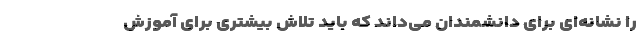
را نشانه‌ای برای دانشمندان می‌داند که باید تلاش بیشتری برای آموزش